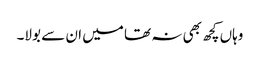
وہاں کچھ بھی نہ تھا میں ان سے بولا۔